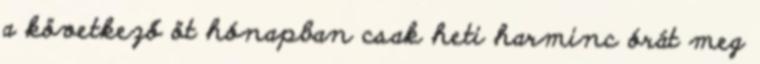
a következő öt hónapban csak heti harminc órát meg